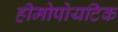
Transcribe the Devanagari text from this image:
हीमोपोयटिक